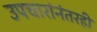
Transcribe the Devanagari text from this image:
उपचारांनंतरही